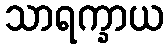
သာရက္ခာယ